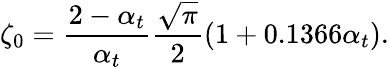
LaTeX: \zeta_{0}=\frac{2-\alpha_{t}}{\alpha_{t}}\frac{\sqrt{\pi}}{2}\left(1+0.1366\alpha_{t}\right).